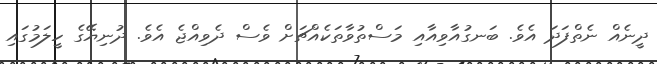
ދީނެއް ނެތްފަދަ އެވެ. ބަނގުއާވިއާއި މަސްތުވާތަކެއްޗަށް ވެސް ދެވިއްޖެ އެވެ. ދުނިޔޭގެ ހީލަމުގައި